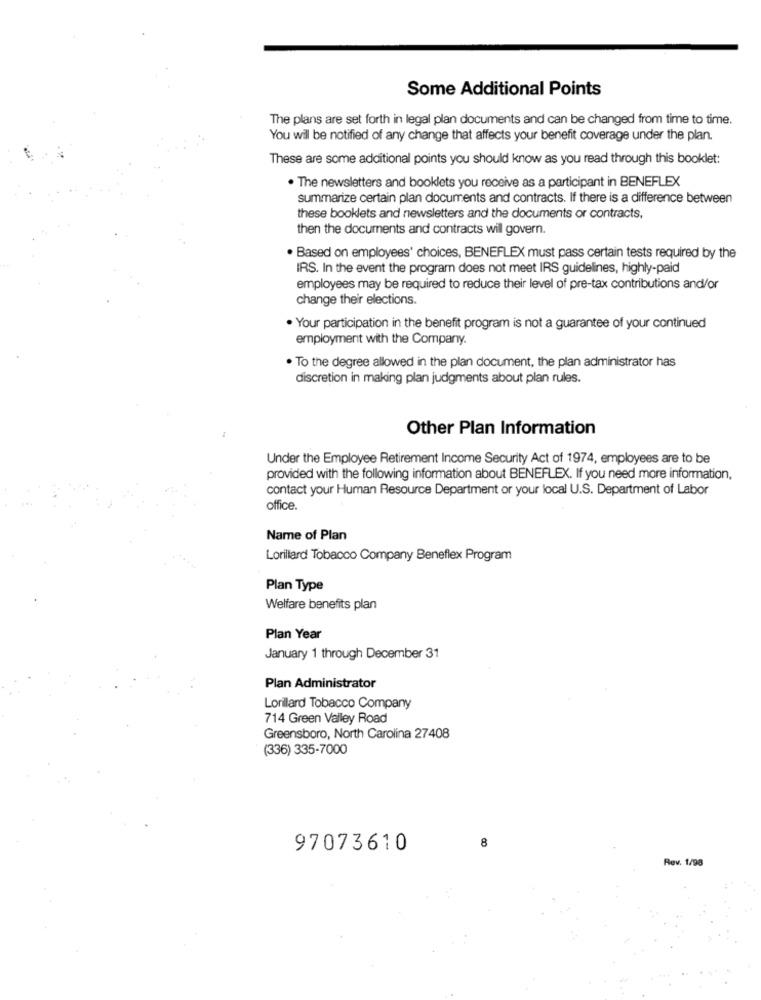
Some Additional Points
The plans are set forth in legal plan documents and can be changed from time to time.
You will be notified of any change that affects your benefit coverage under the plan.
These are some additional points you should know as you read through this booklet:
. The newsletters and booklets you receive as a participant in BENEFLEX
summarize certain plan documents and contracts. If there is a difference between
these booklets and newsletters and the documents or contracts.
then the documents and contracts wil govern.
. Based on employees' choices, BENEFLEX must pass certain tests required by the
IRS. In the event the program does not meet IRS guidelines, highly-paid
employees may be required to reduce their level of pre-tax contributions and/or
change their elections.
· Your participation in the benefit program is not a guarantee of your continued
employment with the Company.
. To the degree allowed in the plan document, the plan administrator has
discretion in making plan judgments about plan rules.
Other Plan Information
Under the Employee Retirement Income Security Act of 1974, employees are to be
provided with the following information about BENEFLEX. If you need more information,
contact your Human Resource Department or your local U.S. Department of Labor
office.
Name of Plan
Lorillard Tobacco Company Beneflex Program
Plan Type
Welfare benefits plan
Plan Year
January 1 through December 31
Plan Administrator
Lorillard Tobacco Company
714 Green Valley Road
Greensboro, North Carolina 27408
(336) 335-7000
8
97073610
Rev. 1/98